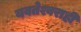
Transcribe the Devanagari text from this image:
यवतेश्वराही